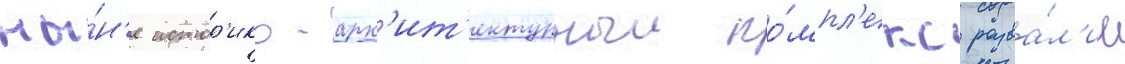
ны́н'е истор'ико-арх'ит'ектурныи ко́мпл'екс разва́л'ин